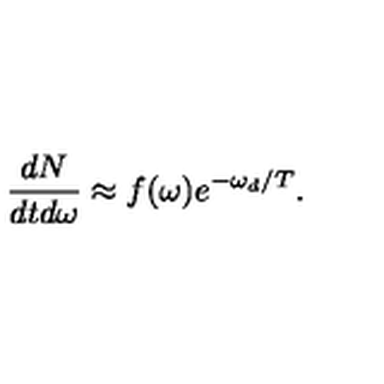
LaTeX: \frac { d N } { d t d \omega } \approx f ( \omega ) e ^ { - \omega _ { d } / T } .